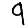
Digit: 9